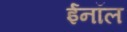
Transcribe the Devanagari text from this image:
ईनॉल